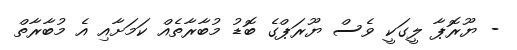
- ޔޫރޮޕާ ލީގަކީ ވެސް ޔޫރަޕްގެ ބޮޑު މުބާރާތެއް ކަމަށާއި އެ މުބާރާތް